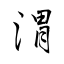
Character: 渭